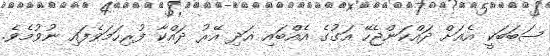
ސަބަބަކީ އެއަށް ދައްކަންޖެހޭ އަގުގެ އެއްބައި އަދި އޭރު ދައްކާ ފުރިހަމަވެފައި ނުވުމެވެ.